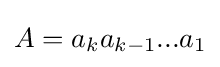
A={a_{k}}{a_{k-1}}...{a_{1}}